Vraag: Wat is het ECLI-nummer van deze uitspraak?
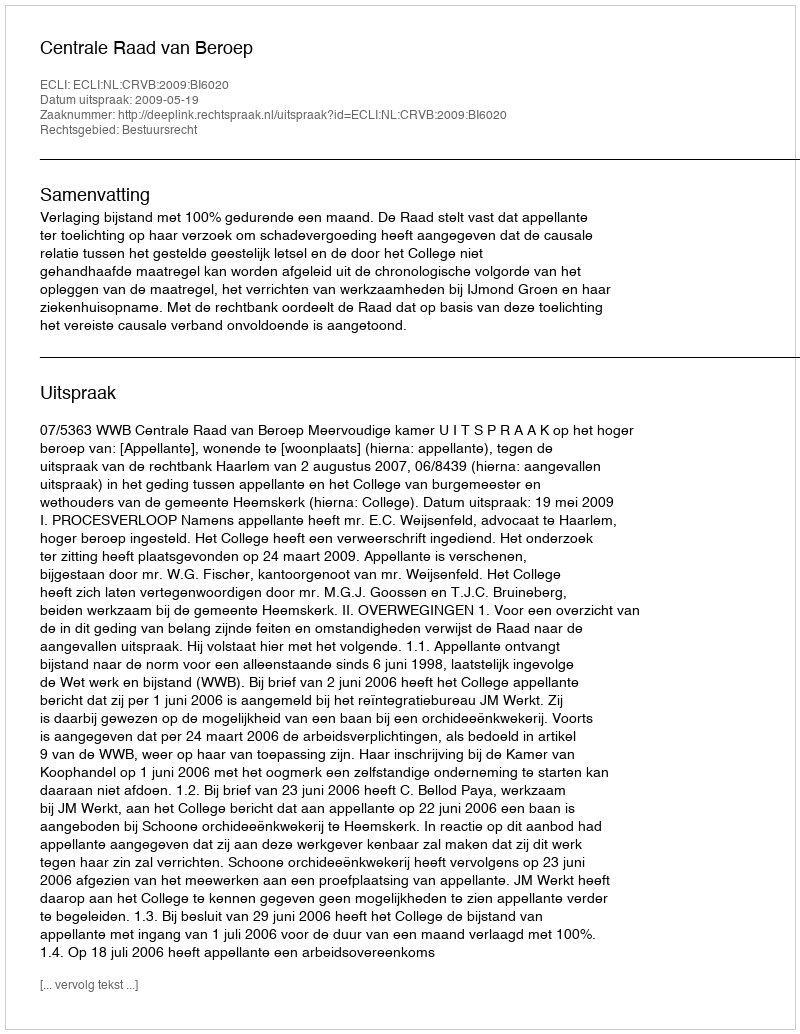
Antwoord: ECLI:NL:CRVB:2009:BI6020